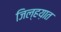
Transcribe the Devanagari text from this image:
जिल्हय़ात